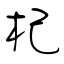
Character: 杞